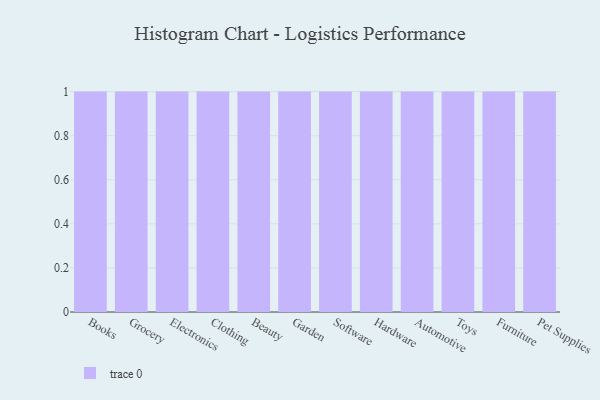
{"axis": {"x": "Category", "y": "Budget (USD K)"}, "legend": [""], "data": [{"x": "Books", "y": 46, "type": ""}, {"x": "Grocery", "y": 82, "type": ""}, {"x": "Electronics", "y": 72, "type": ""}, {"x": "Clothing", "y": 43, "type": ""}, {"x": "Beauty", "y": 53, "type": ""}, {"x": "Garden", "y": 7, "type": ""}, {"x": "Software", "y": 64, "type": ""}, {"x": "Hardware", "y": 34, "type": ""}, {"x": "Automotive", "y": 100, "type": ""}, {"x": "Toys", "y": 44, "type": ""}, {"x": "Furniture", "y": 87, "type": ""}, {"x": "Pet Supplies", "y": 95, "type": ""}]}